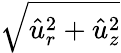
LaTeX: \sqrt{\hat{u}_{r}^{2}+\hat{u}_{z}^{2}}